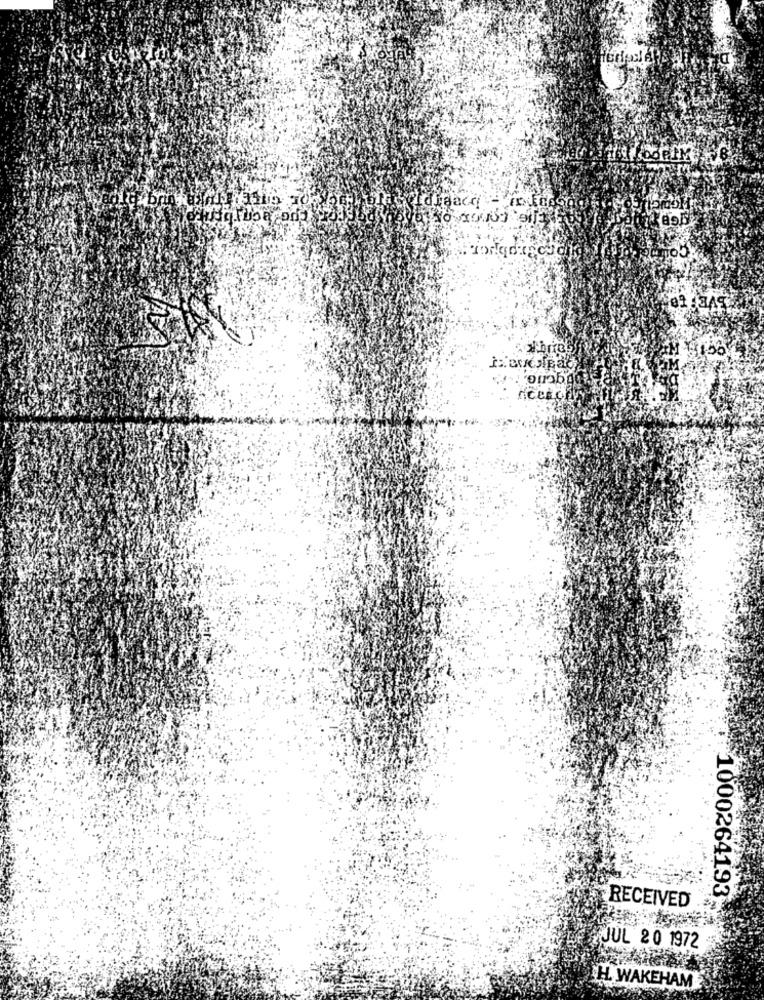
Idigaco
100
'onab
1000264193
RECEIVED
JUL 20 1972
H. WAKEHAM